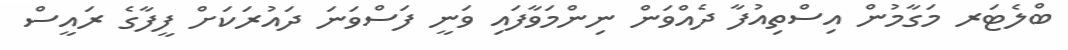
ބްލެޓަރ މަގާމުން އިސްތިއުފާ ދެއްވަން ނިންމަވާފައި ވަނީ ފަސްވަނަ ދައުރަކަށް ފީފާގެ ރައީސް